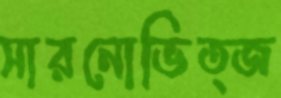
সারনোভিত্জ